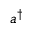
a ^ { \dagger }